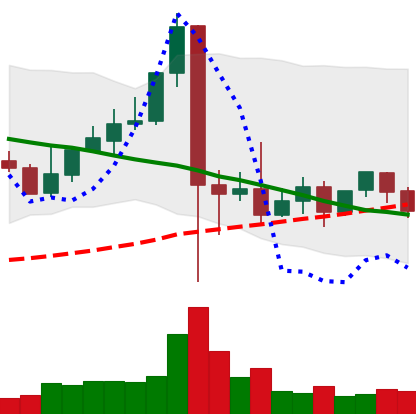
Ticker: XLM-USD
Chart end date: 2021-09-17
Forward return: -8.213%
Label: down_7plus